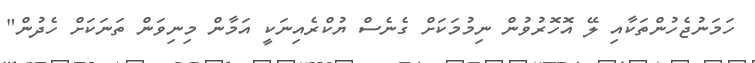
ހަމަނުޖެހުންތަކާއި ލޭ އޮހޮރުވުން ނިމުމަކަށް ގެނެސް ޔުކްރެއިނަކީ އަމާން މިނިވަން ތަނަކަށް ހެދުން"